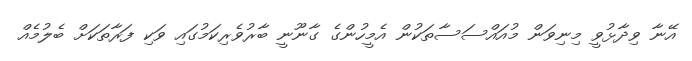
އޭނާ ވިދާޅުވީ މިނިވަން މުއައްސަސާތަކުން އެމީހުންގެ ގާނޫނީ ބާރުވެރިކަމުގައި ވަކި ފަރާތަކަށް ބެލުމެއް